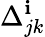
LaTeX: \Delta_{jk}^{\mathbf{i}}